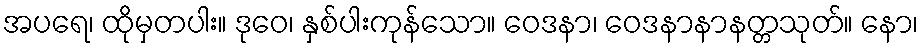
အပရေ၊ ထိုမှတပါး။ ဒုဝေ၊ နှစ်ပါးကုန်သော။ ဝေဒနာ၊ ဝေဒနာနာနတ္တသုတ်။ နော၊